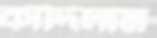
কাঁদিলাম